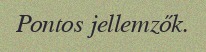
Pontos jellemzők.